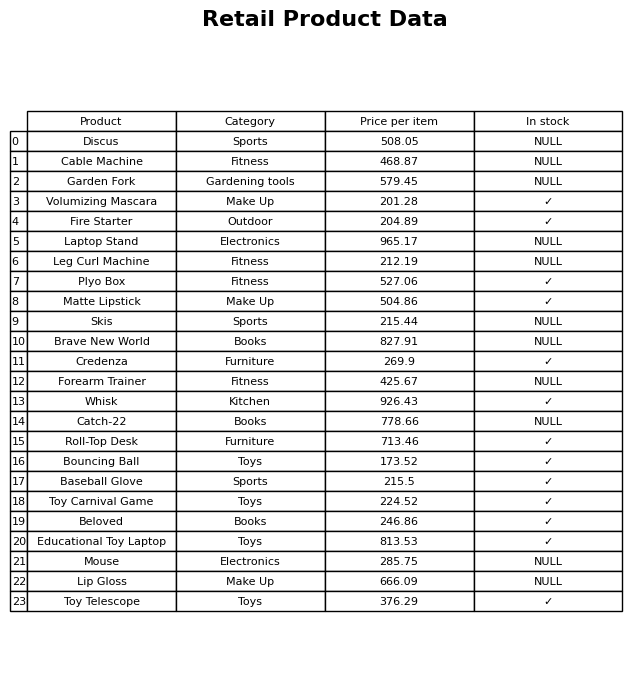
question: What is the price for Plyo Box?
answer: The price of Plyo Box is 527.06.